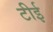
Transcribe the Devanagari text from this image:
टीई